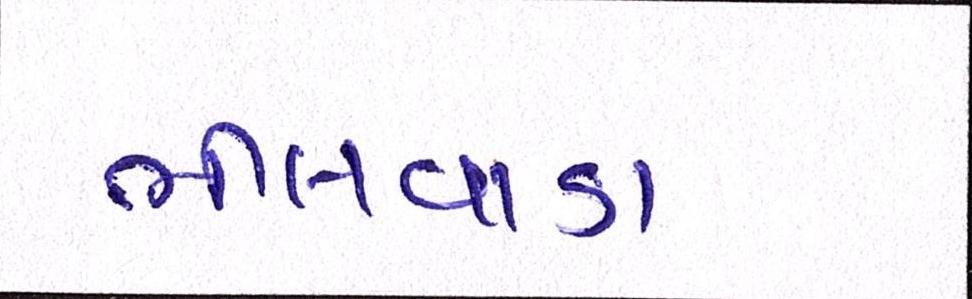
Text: ભીલવાડા